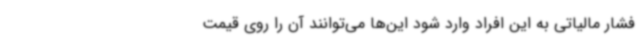
فشار مالیاتی به این افراد وارد شود این‌ها می‌توانند آن را روی قیمت